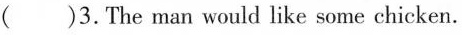
()3. The man would like some chicken.